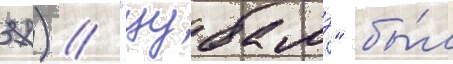
37) // "цубамэ" бы́л